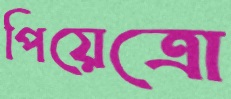
পিয়েত্রো